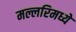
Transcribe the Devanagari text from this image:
मल्लरिमध्ये